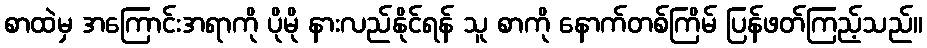
စာထဲမှ အကြောင်းအရာကို ပိုမို နားလည်နိုင်ရန် သူ စာကို နောက်တစ်ကြိမ် ပြန်ဖတ်ကြည့်သည်။